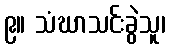
၉။ သံဃာသင်းခွဲသူ၊